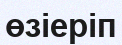
өзіеріп